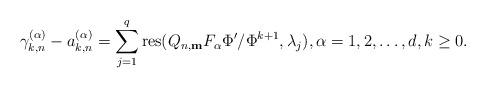
LaTeX: \begin{align*}\gamma_{k,n}^{(\alpha)}-a_{k,n}^{(\alpha)}=\sum_{j=1}^{q} \textup{res}(Q_{n,\textup{\textbf{m}}} F_\alpha \Phi'/\Phi^{k+1}, \lambda_j), \alpha=1,2,\ldots,d, k\geq 0.\end{align*}